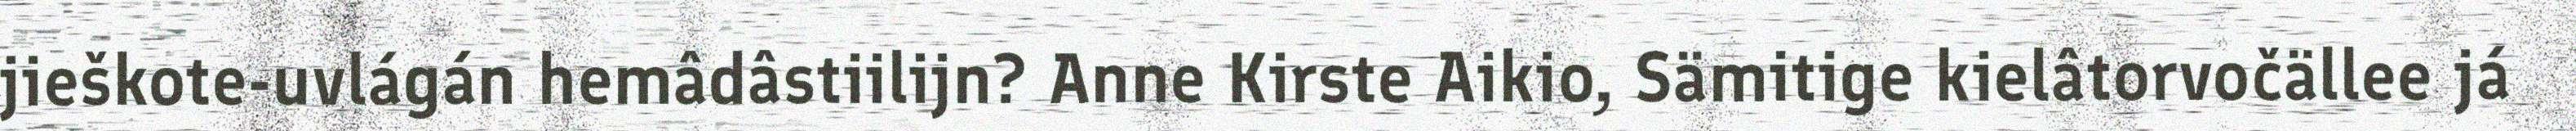
jieškote-uvlágán hemâdâstiilijn? Anne Kirste Aikio, Sämitige kielâtorvočällee já